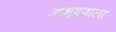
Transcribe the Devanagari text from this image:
आभूषणाला